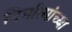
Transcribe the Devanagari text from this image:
निर्मात्यांच्या